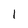
Character: l